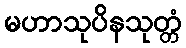
မဟာသုပိနသုတ္တံ